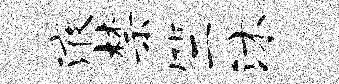
液禁竺沐